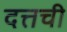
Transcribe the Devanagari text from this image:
दत्तची